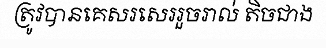
ត្រូវបានគេសរសេររួចរាល់ តិចជាង